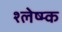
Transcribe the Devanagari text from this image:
श्लेष्म्क